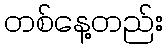
တစ်နေ့တည်း